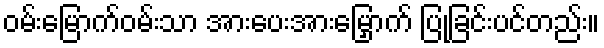
ဝမ်းမြောက်ဝမ်းသာ အားပေးအားမြှောက် ပြုခြင်းပင်တည်း။